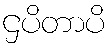
ဌပိတာပိ